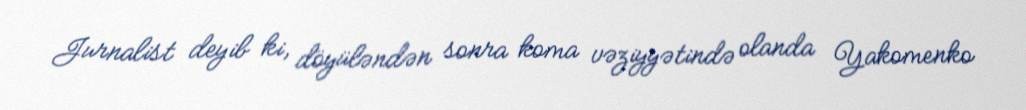
Jurnalist deyib ki, döyüləndən sonra koma vəziyyətində olanda Yakomenko